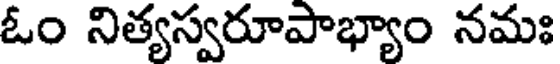
ఓం నిత్యస్వరూపాభ్యాం నమః